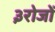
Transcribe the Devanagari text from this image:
३रोजों